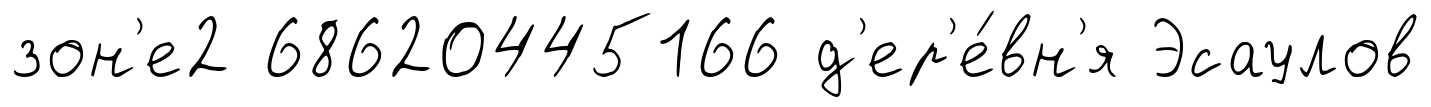
зон'е2 68620445166 д'ер'е́вн'я Эсаулов